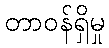
တာဝန်ရှိမှု